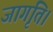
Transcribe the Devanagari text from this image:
जागृति।